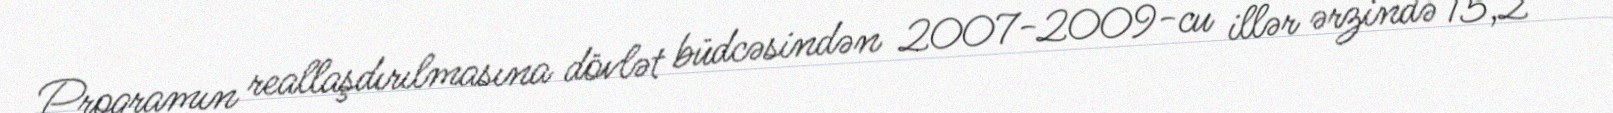
Proqramın reallaşdırılmasına dövlət büdcəsindən 2007-2009-cu illər ərzində 15,2